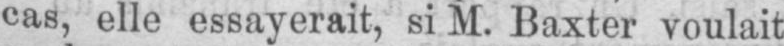
cas, elle essayerait, si M. Baxter voulait